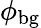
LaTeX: \phi_{\mathrm{bg}}